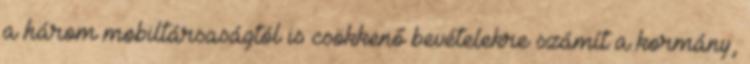
a három mobiltársaságtól is csökkenő bevételekre számít a kormány,